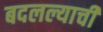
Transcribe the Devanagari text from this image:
बदलल्याची